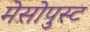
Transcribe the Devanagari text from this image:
मेसोपुस्ट